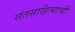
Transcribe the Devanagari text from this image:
संतसाहित्याची